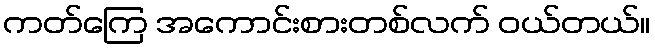
ကတ်ကြေ အကောင်းစားတစ်လက် ဝယ်တယ်။